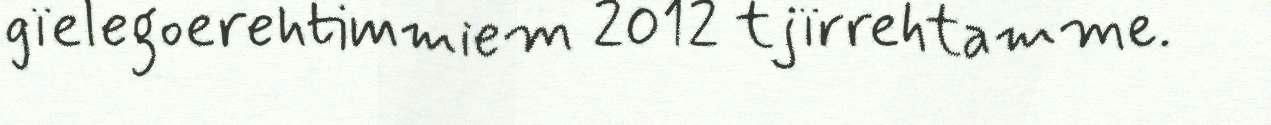
gïelegoerehtimmiem 2012 tjïrrehtamme.